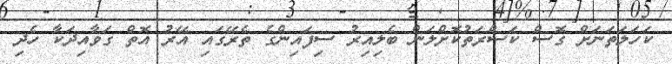
ކަހަލަތަނަށް ގޮސް ކަސްރަތުކޮށްލަން ބެލިއިރު ސިފައިންގެ ތެރޭގައި އޭރު އޮތް ގަވާއިދަކާ ހެދި